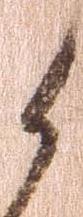
候